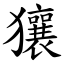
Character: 獽